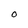
Character: O